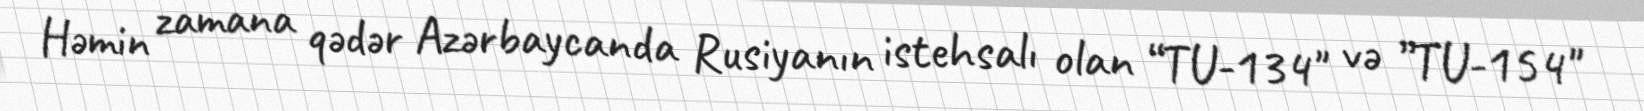
Həmin zamana qədər Azərbaycanda Rusiyanın istehsalı olan “TU-134" və ”TU-154"